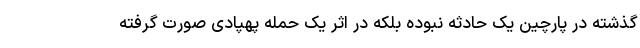
گذشته در پارچین یک حادثه نبوده بلکه در اثر یک حمله پهپادی صورت گرفته